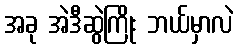
အခု အဲဒီဆွဲကြိုး ဘယ်မှာလဲ